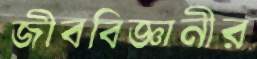
জীববিজ্ঞানীর